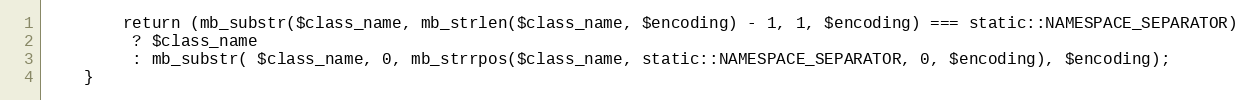
Language: PHP
		return (mb_substr($class_name, mb_strlen($class_name, $encoding) - 1, 1, $encoding) === static::NAMESPACE_SEPARATOR)
		 ? $class_name
		 : mb_substr( $class_name, 0, mb_strrpos($class_name, static::NAMESPACE_SEPARATOR, 0, $encoding), $encoding);
	}